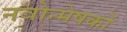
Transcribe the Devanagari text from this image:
नवोन्मेषकों